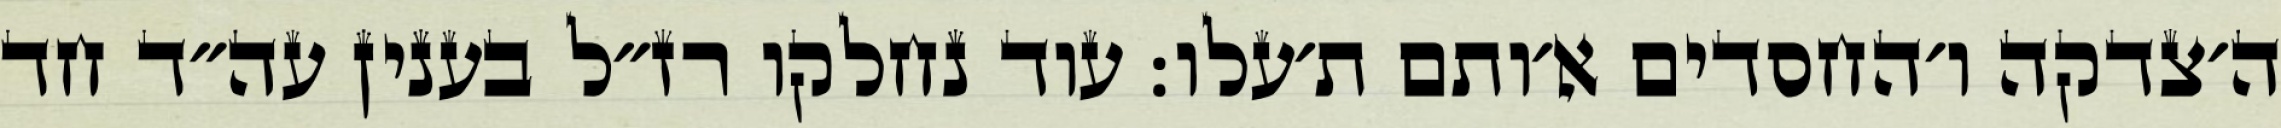
ה׳צדקה ו׳החסדים א׳ותם ת׳עלו: עוד נחלקו רז״ל בענין עה״ד חד